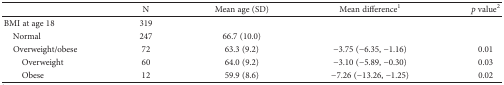
|  | N | Mean age (SD) | Mean difference1 | p value2 |
 | --- | --- | --- | --- | --- |
 | BMI at age 18 | 319 |  |  |  |
 | Normal | 247 | 66.7 (10.0) |  |  |
 | Overweight/obese | 72 | 63.3 (9.2) | −3.75 (−6.35, −1.16) | 0.01 |
 | Overweight | 60 | 64.0 (9.2) | −3.10 (−5.89, −0.30) | 0.03 |
 | Obese | 12 | 59.9 (8.6) | −7.26 (−13.26, −1.25) | 0.02 |